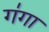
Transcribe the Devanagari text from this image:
ग॑गा